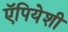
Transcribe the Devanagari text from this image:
ऍपियेशी